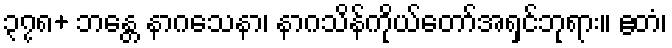
၃၇၈+ ဘန္တေ နာဂသေနာ၊ နာဂသိန်ကိုယ်တော်အရှင်ဘုရား။ ဧတံ၊